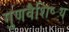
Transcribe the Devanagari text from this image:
गुणवैशिष्ट्य